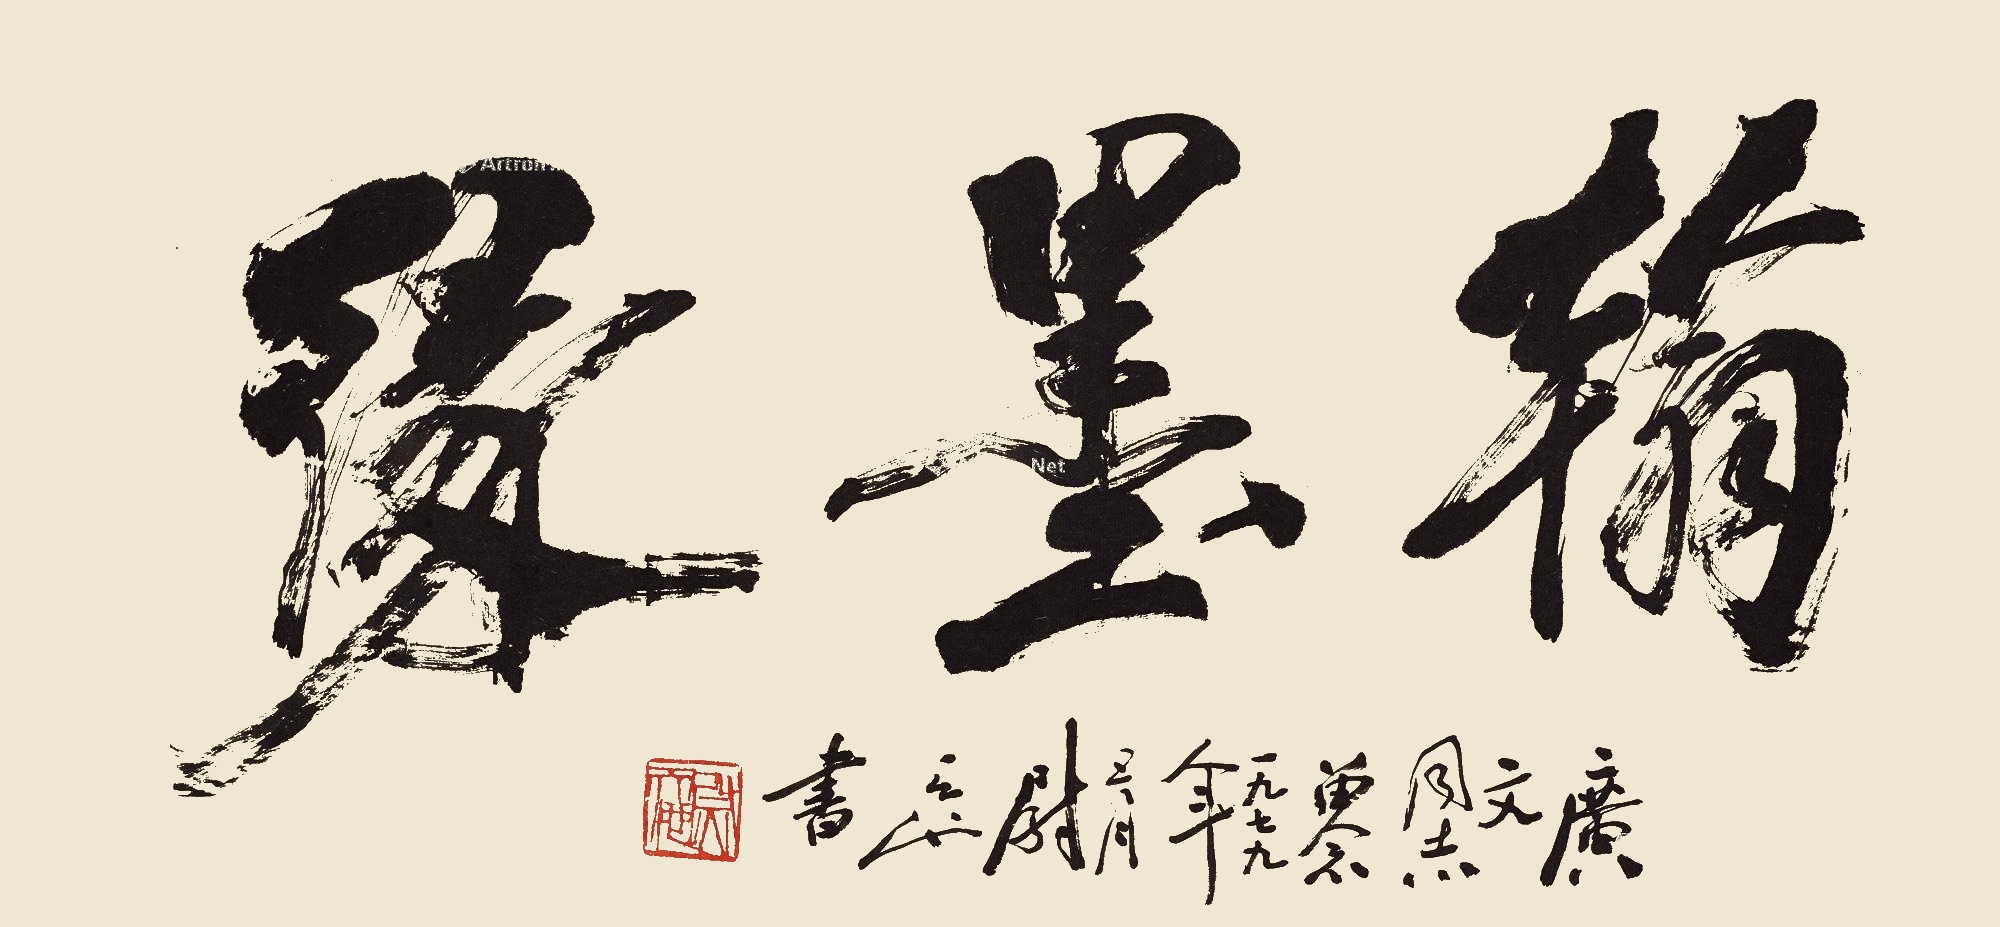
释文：翰墨缘。广文同志留念。一九七九年五月，尉天池书。